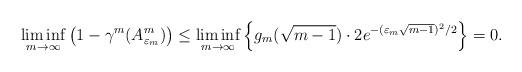
LaTeX: \begin{align*}\liminf_{m \to \infty} \left( 1-\gamma^{m}(A^m_{\varepsilon_m}) \right)\leq \liminf_{m \to \infty}\left\{g_{m}(\sqrt{m-1}) \cdot 2e^{-(\varepsilon_m \sqrt{m-1})^2/2}\right\}=0.\end{align*}